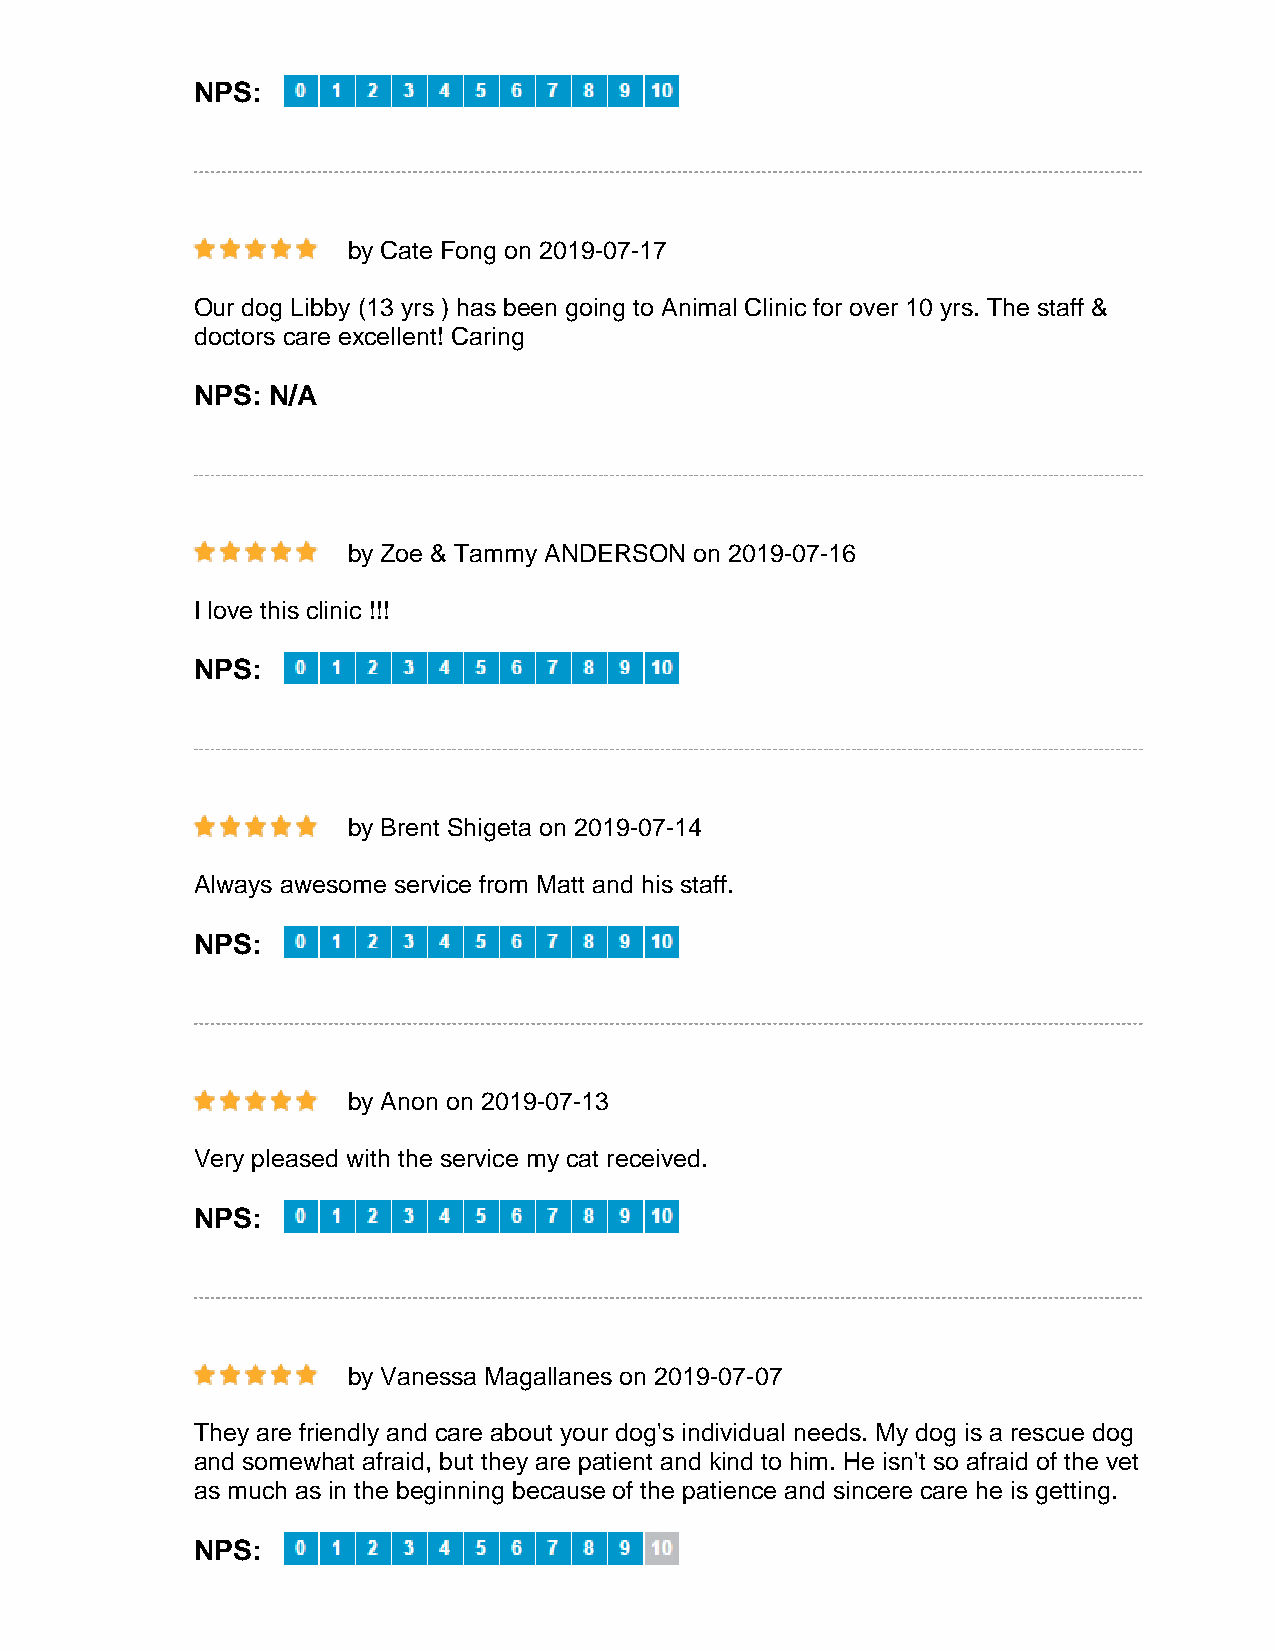
NPS:
 by Cate Fong on 2019-07-17
 Our dog Libby (13 yrs ) has been going to Animal Clinic for over 10 yrs. The staff &
 doctors care excellent! Caring
 NPS: N/A
 by Zoe & Tammy ANDERSON on 2019-07-16
 I love this clinic !!!
 NPS:
 by Brent Shigeta on 2019-07-14
 Always awesome service from Matt and his staff.
 NPS:
 by Anon on 2019-07-13
 Very pleased with the service my cat received.
 NPS:
 by Vanessa Magallanes on 2019-07-07
 They are friendly and care about your dog's individual needs. My dog is a rescue dog
 and somewhat afraid, but they are patient and kind to him. He isn't so afraid of the vet
 as much as in the beginning because of the patience and sincere care he is getting.
 NPS: